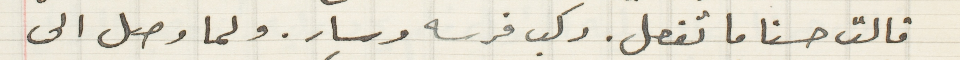
قالت حسنا ما تفعل. ركب فرسه وسار. ولما وصل الى